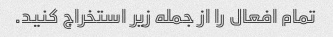
تمام افعال را از جمله زیر استخراج کنید.